Annual administration report of the Civil Veterinary Department of India - 1898-1899
Year: 1898
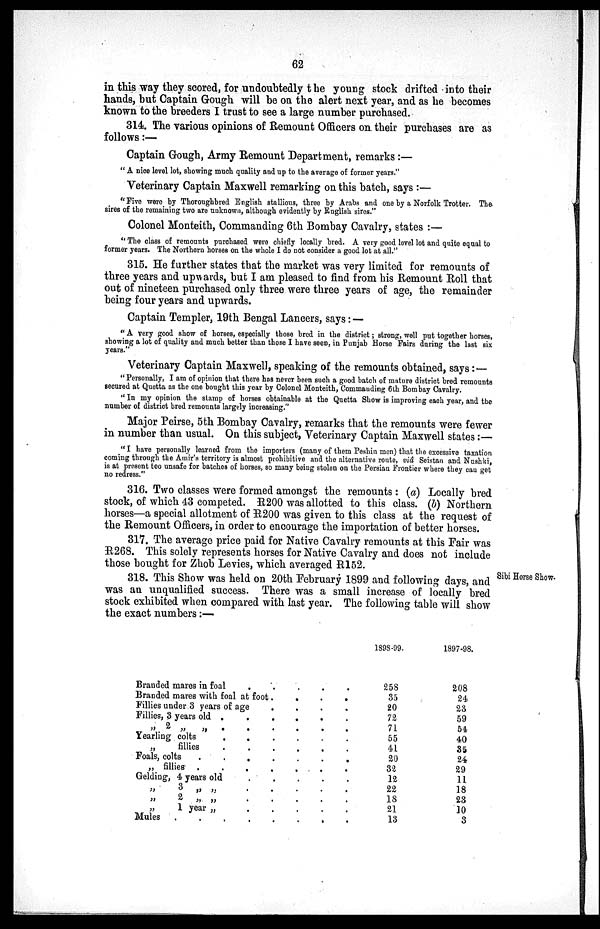
62
in this way they scored, for undoubtedly the young stock drifted into their
hands, but Captain Gough will be on the alert next year, and as he becomes
known to the breeders I trust to see a large number purchased.
314. The various opinions of Remount Officers on their purchases are as
follows:—
Captain Gough, Army Remount Department, remarks:—
"A nice level lot, showing much quality and up to the average of former years."
Veterinary Captain Maxwell remarking on this batch, says:—
"Five were by Thoroughbred English stallious, three by Arabs and one by a Norfolk Trotter. The
sires of the remaining two are unknown, although evidently by English sires."
Colonel Monteith, Commanding 6th Bombay Cavalry, states:—
"The class of remounts purchased were chiefly locally bred. A very good level lot and quite equal to
former years. The Northern horses on the whole I do not consider a good lot at all."
315. He further states that the market was very limited for remounts of
three years and upwards, but I am pleased to find from his Remount Roll that
out of nineteen purchased only three were three years of age, the remainder
being four years and upwards.
Captain Templer, 19th Bengal Lancers, says:—
"A very good show of horses, especially those bred in the district; strong, well put together horses,
showing a lot of quality and much better than those I have seen, in Punjab Horse Fairs during the last six
years."
Veterinary Captain Maxwell, speaking of the remounts obtained, says:—
"Personally, I am of opinion that there has never been such a good batch of mature district bred remounts
secured at Quetta as the one bought this year by Colonel Monteith, Commauding 6th Bombay Cavalry.
"In my opinion the stamp of horses obtainable at the Quetta Show is improving each year, and the
number of district bred remounts largely increasing."
Major Peirse, 5th Bombay Cavalry, remarks that the remounts were fewer
in number than usual. On this subject, Veterinary Captain Maxwell states:—
"I have personally learned from the importers (many of them Poshin men) that the excessive taxation
coming through the Amir's territory is almost prohibitive and the alternative route, viâ Seistan and Nushki,
is at present too unsafe for batches of horses, so many being stolen on the Persian Frontier where they can get
no redress."
316. Two classes were formed amongst the remounts: (a) Locally bred
stock, of which 43 competed. R200 was allotted to this class. (b) Northern
horses—a special allotment of R200 was given to this class at the request of
the Remount Officers, in order to encourage the importation of better horses.
317. The average price paid for Native Cavalry remounts at this Fair was
R268. This solely represents horses for Native Cavalry and does not include
those bought for Zhob Levies, which averaged R152.
Sibi Horse Show.
318. This Show was held on 20th February 1899 and following days, and
was an unqualified success. There was a small increase of locally bred
stock exhibited when compared with last year. The following table will show
the exact numbers:—
Branded mares in foal . . . . .
Branded mares with foal at foot . . . .
Fillies under 3 years of age . . . .
Fillies, 3 years old . . . . . .
„ 2 „ „ . . . . . .
Yearling colts . . . . . .
„ fillies . . . . . .
Foals, colts . . . . . .
„ fillies . . . . . .
Gelding, 4 years old . . . . . .
„ 3 „ „ . . . . .
„ 2 „ „ . . . . .
„
1 year „ . . . . .
Mules . . . . . . . .
1898-99.
258
35
20
72
71
55
41
20
32
12
22
18
21
13
1897-98.
208
24
23
59
54
40
35
24
29
11
18
23
10
3